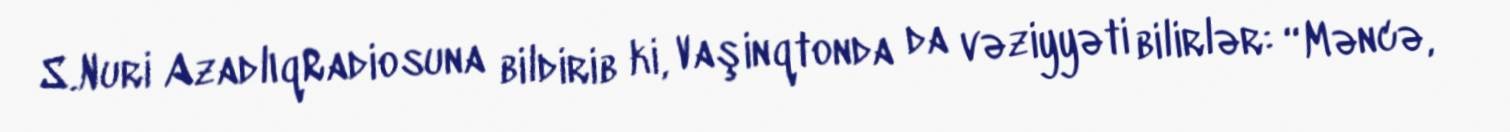
S.Nuri AzadlıqRadiosuna bildirib ki, Vaşinqtonda da vəziyyəti bilirlər: “Məncə,